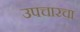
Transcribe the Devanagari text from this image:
उपचारचा